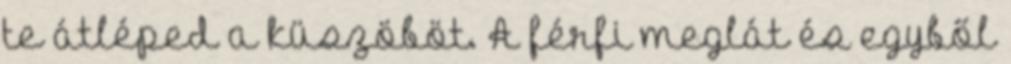
te átléped a küszöböt. A férfi meglát és egyből